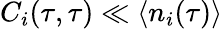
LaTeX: C_{i}(\tau,\tau)\ll\langle n_{i}(\tau)\rangle